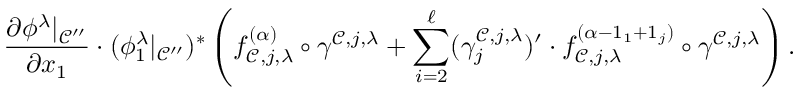
\frac { \partial \phi ^ { \lambda } | _ { \mathcal { C } ^ { \prime \prime } } } { \partial x _ { 1 } } \cdot ( \phi _ { 1 } ^ { \lambda } | _ { \mathcal { C } ^ { \prime \prime } } ) ^ { * } \left( f _ { \mathcal { C } , j , \lambda } ^ { ( \alpha ) } \circ \gamma ^ { \mathcal { C } , j , \lambda } + \sum _ { i = 2 } ^ { \ell } ( \gamma _ { j } ^ { \mathcal { C } , j , \lambda } ) ^ { \prime } \cdot f _ { \mathcal { C } , j , \lambda } ^ { ( \alpha - 1 _ { 1 } + 1 _ { j } ) } \circ \gamma ^ { \mathcal { C } , j , \lambda } \right) .